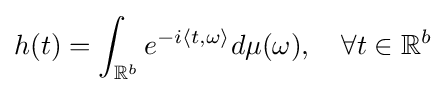
h(t)=\int _{\mathbb {R} ^{b}}e^{-i\langle t,\omega \rangle }d\mu (\omega ),\quad \forall t\in \mathbb {R} ^{b}